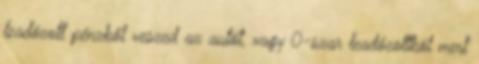
leadózott pénzből veszed az autót, vagy 0-szar leadózottból mert